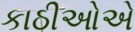
કાઠીઓએ